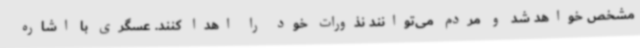
مشخص خواهد شد و مردم می‌توانند نذورات خود را اهدا کنند. عسگری با اشاره